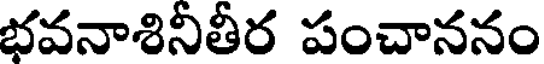
భవనాశినీతీర పంచాననం